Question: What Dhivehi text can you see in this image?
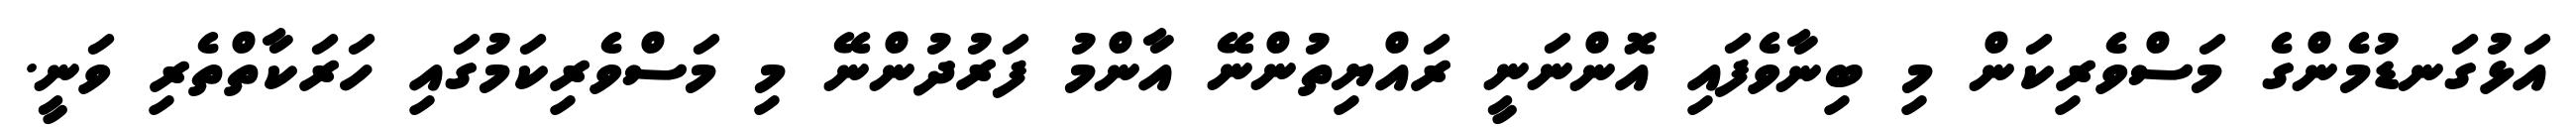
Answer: އަޅުގަނޑުމެންގެ މަސްވެރިކަން މި ބިނާވެފައި އޮންނަނީ ރައްޔިތުންނޭ އާންމު ފަރުދުންނޭ މި މަސްވެރިކަމުގައި ހަރަކާތްތެރި ވަނީ.